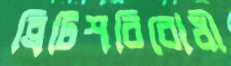
ব্রিটিশবিরোধী